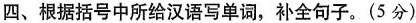
四、根据括号中所给汉语写单词，补全句子。(5分)